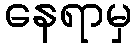
နေရာမှ